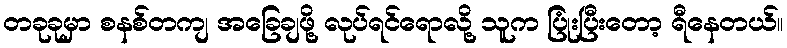
တခုခုမှာ စနစ်တကျ အခြေချဖို့ လုပ်ရင်ရောလို့ သူက ပြုံးပြီးတော့ ရီနေတယ်။